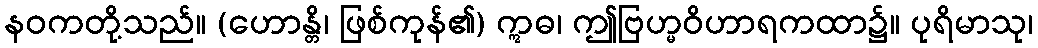
နဝကတို့သည်။ (ဟောန္တိ၊ ဖြစ်ကုန်၏) ဣဓ၊ ဤဗြဟ္မဝိဟာရကထာ၌။ ပုရိမာသု၊